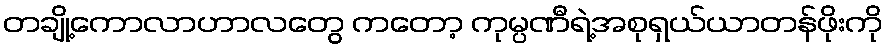
တချို့ကောလာဟာလတွေ ကတော့ ကုမ္ပဏီရဲ့အစုရှယ်ယာတန်ဖိုးကို